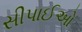
સીપાઈઓ